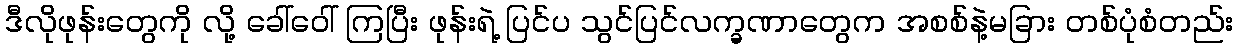
ဒီလိုဖုန်းတွေကို လို့ ခေါ်ဝေါ် ကြပြီး ဖုန်းရဲ့ ပြင်ပ သွင်ပြင်လက္ခဏာတွေက အစစ်နဲ့မခြား တစ်ပုံစံတည်း